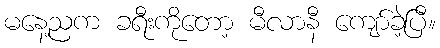
မနေ့ညက ခရီးကိုတော့ မီလာနီ ကျော်ခဲ့ပြီ။